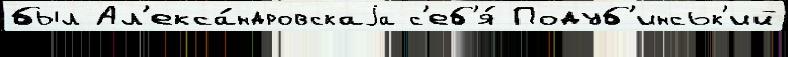
был Ал'екса́ндровскаjа с'еб'я́ Подуб'инськ'ий